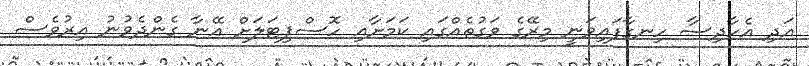
އަދި އެހާދިސާ ހިނގާފައިވަނީ މިރޭގެ ވަގުތެއްގައި ކަމަށާއި ހޮސްޕިޓަލަށް އޭނާ ގެންދެވުނު އިރުވެސް